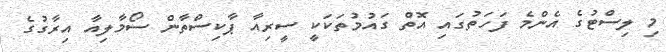
މި ލިސްޓުގެ އެންމެ ފަހަތުގައި އޮތް ގައުމުތަކަކީ ސީރިއާ ޕާކިސްތާން ސޯމާލިއާ އިރާގުގެ